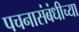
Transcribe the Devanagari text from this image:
पचनासंबंधीच्या